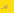
الان